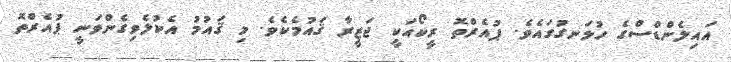
އައިލެންޑްސްގެ ހުޅަނގުގައެވެ. ޕުއެރްތޮ ރީކޯއަކީ ޖަޒީރާ ޤައުމެކެވެ. މި ޤައުމު އެކުލެވިގެންވަނީ ޕުއެރްތޮ